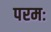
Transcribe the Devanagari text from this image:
परमः